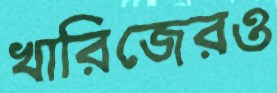
খারিজেরও